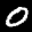
Label: 0